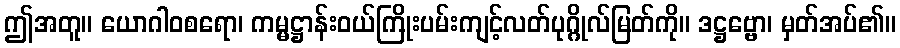
ဤအတူ။ ယောဂါဝစရော၊ ကမ္မဋ္ဌာန်းဝယ်ကြိုးပမ်းကျင့်လတ်ပုဂ္ဂိုလ်မြတ်ကို။ ဒဋ္ဌဗ္ဗော၊ မှတ်အပ်၏။